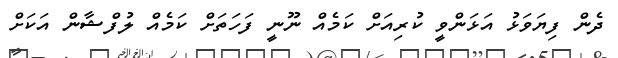
ދެން ފިޔަވަޅު އަޅަންވީ ކުރިއަށް ކަމެއް ނޫނީ ފަހަތަށް ކަމެއް ލުފްޝާން އަކަށް